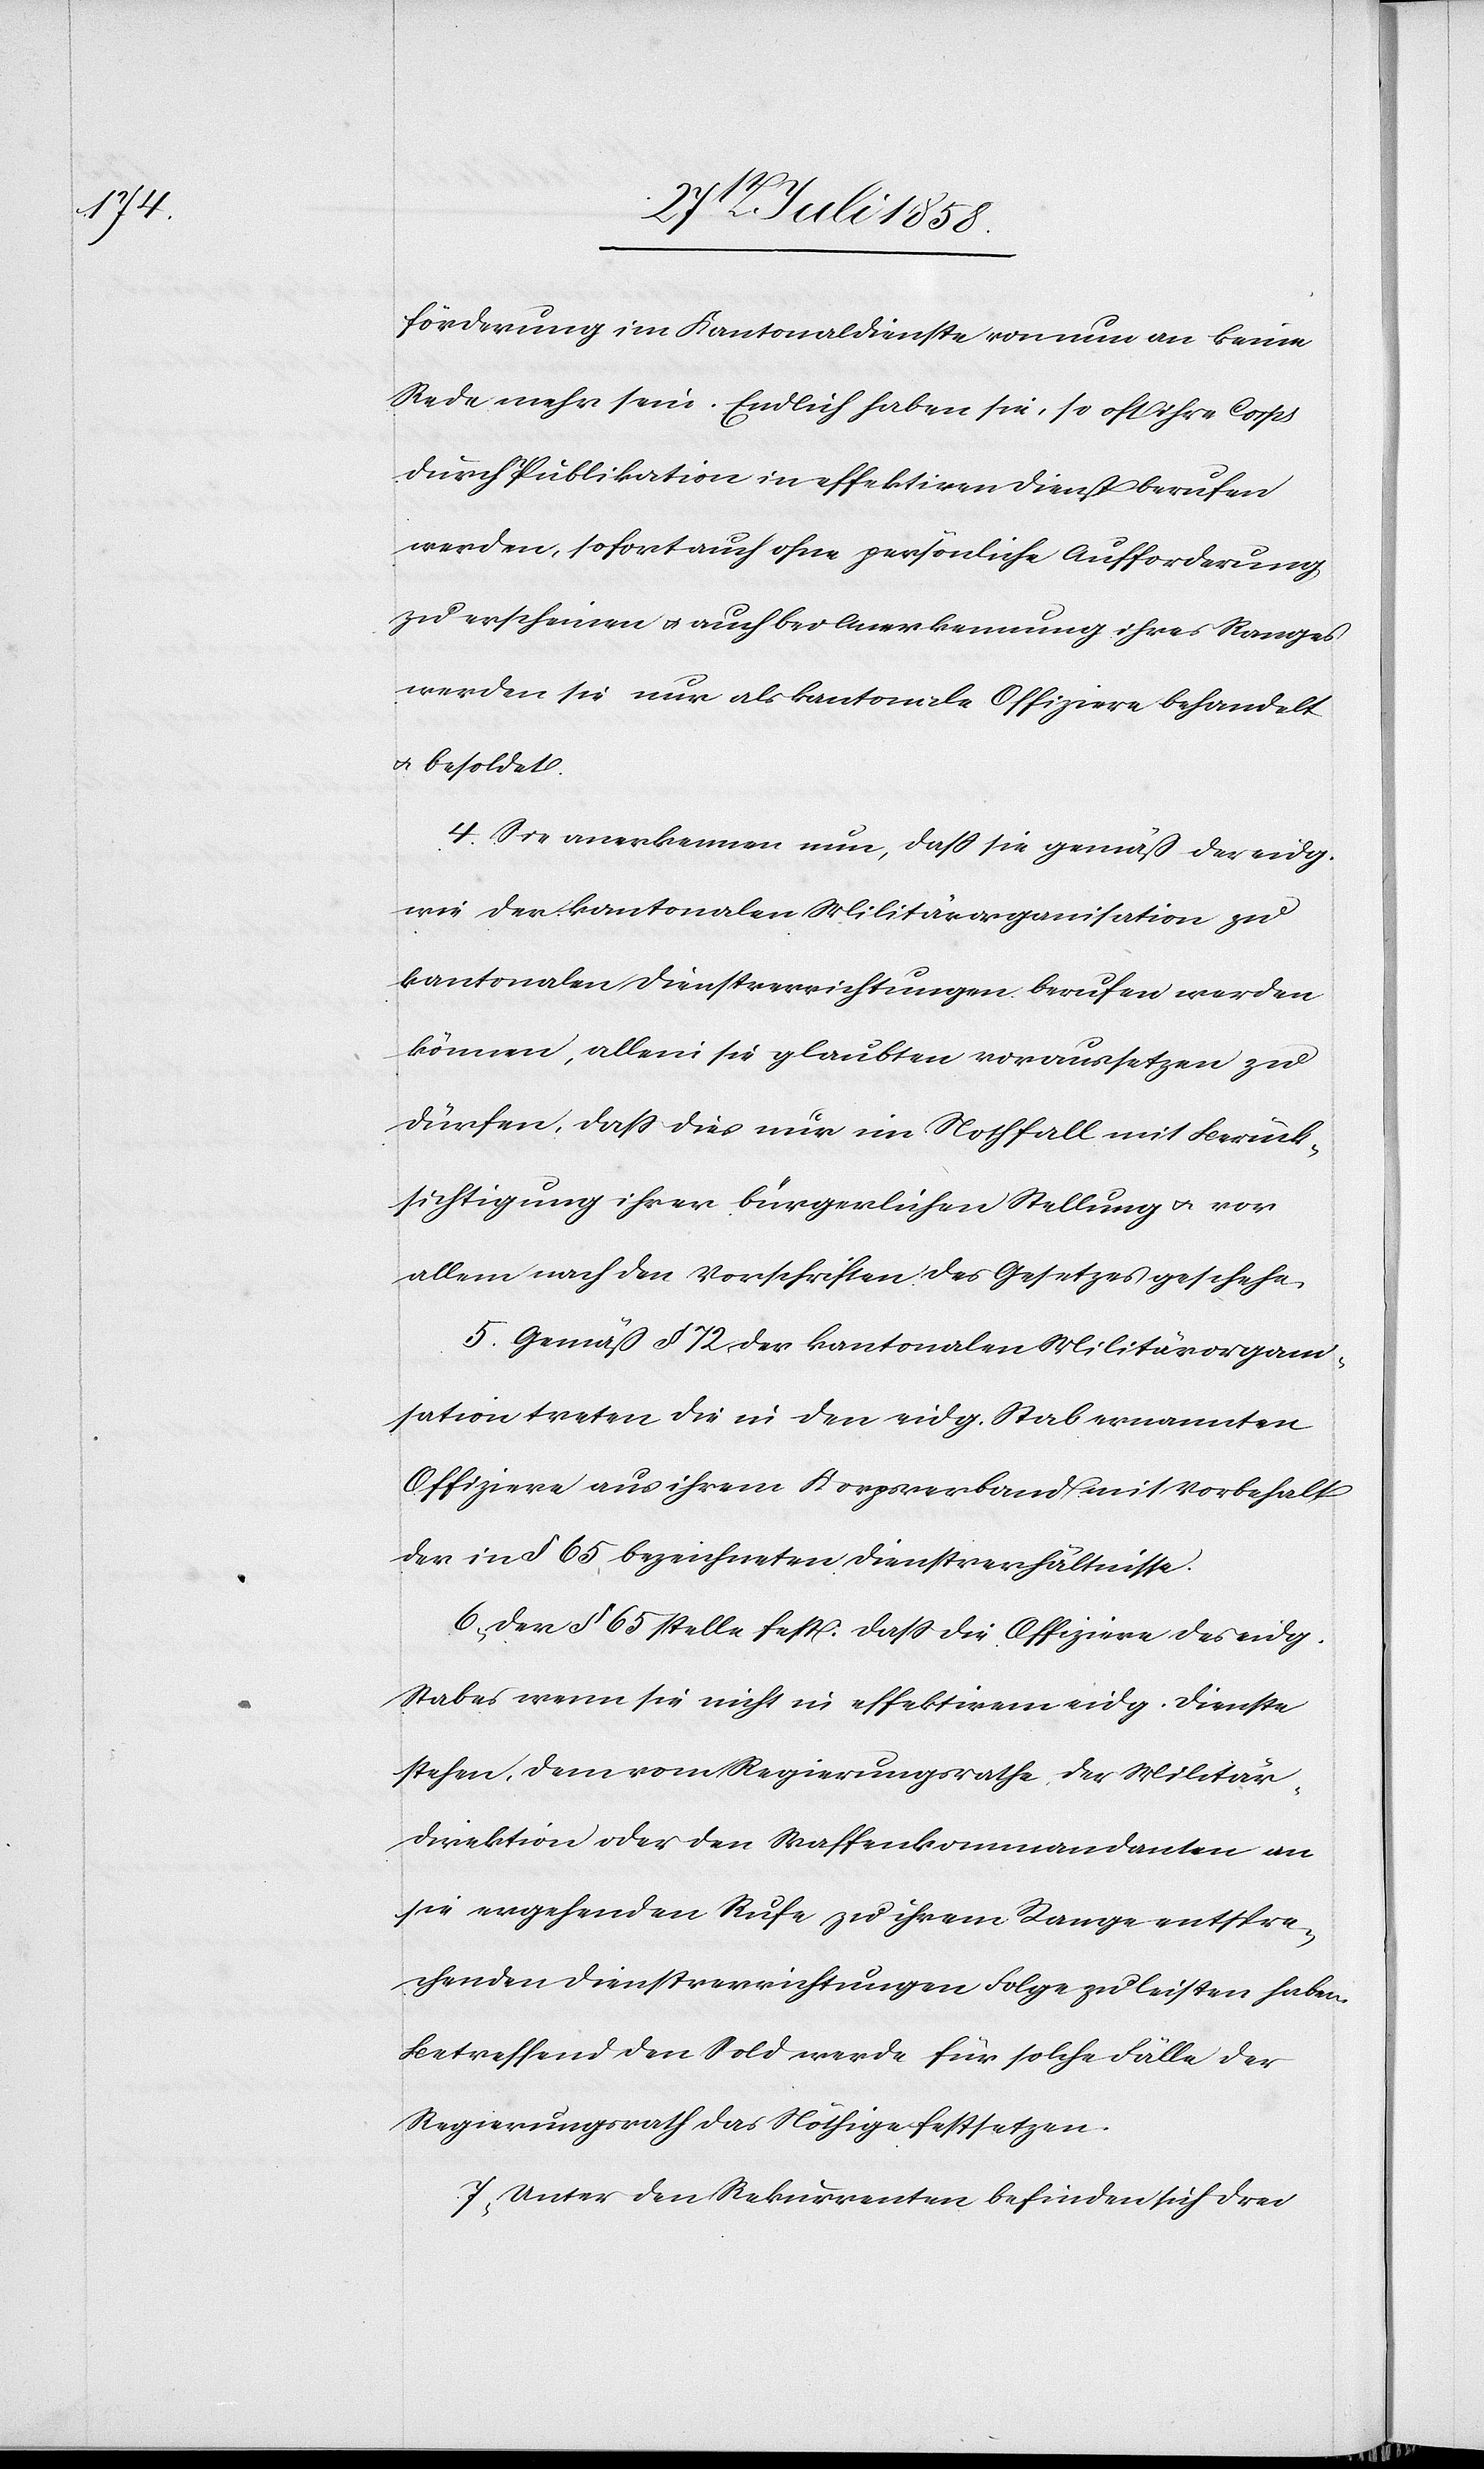
förderung im Kantonaldienste von nun an keine
Rede mehr sein. Endlich haben sie, so oft ihre Corps
durch Publikation in effektiven Dienst berufen
werden, sofort auch ohne persönliche Aufforderung
zu erscheinen & auch bei Anerkennung ihres Ranges
werden sie nur als kantonale Offiziere behandelt
& besoldet.
4. Sie anerkennen nun, dass sie gemäß der eidg.
wie der kantonalen Militärorganisation zu
kantonalen Dienstverrichtungen berufen werden
können, allein sie glaubten voraussetzen zu
dürfen, dass dies nur im Nothfall mit Berück¬
sichtigung ihrer bürgerlichen Stellung & vor
allem nach den Vorschriften des Gesetzes geschehe.
5. Gemäß § 72 der kantonalen Militärorgan¬
isation treten die in den eidg. Stab ernannten
Offiziere aus ihrem Korpsverband mit Vorbehalt
der in § 65 bezeichneten Dienstverhältnisse.
6) Der § 65 stelle fest: Dass die Offiziere des eidg.
Stabes wenn sie nicht in effektivem eidg. Dienste
stehen, dem vom Regierungsrathe, der Militär¬
direktion oder den Waffenkommandanten an
sie ergehenden Rufe zu ihrem Range entspre¬
chenden Dienstverrichtungen Folge zu leisten haben.
Betreffend den Sold werde für solche Fälle der
Regierungsrath das Nöthige festsetzen.
7) Unter den Rekurrenten befinden sich drei